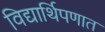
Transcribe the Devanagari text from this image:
विद्यार्थिपणात